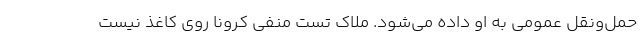
حمل‌ونقل عمومی به او داده می‌شود. ملاک تست منفی کرونا روی کاغذ نیست